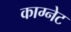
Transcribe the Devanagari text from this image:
काग्नेट